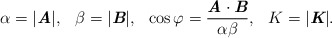
\begin{align*}\alpha=|\mbox{\bf\itshape A}|,\hspace{3mm}\beta=|\mbox{\bf\itshape B}|,\hspace{3mm}\cos\varphi=\frac{\mbox{\bf\itshape A}\cdot\mbox{\bf\itshape B}}{\alpha\beta},\hspace{3mm}K=|\mbox{\bf\itshape K}|.\end{align*}